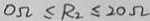
O \Omega \leq R _ { 2 } \leq 2 0 \Omega